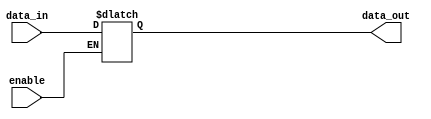
module bidirectional_buffer(
    input data_in,
    input enable,
    output reg data_out
);

always @(data_in, enable)
begin
    if(enable)
        data_out <= data_in;
end

endmodule